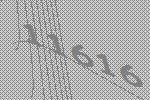
11616